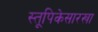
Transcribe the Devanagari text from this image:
स्तूपिकेसारखा